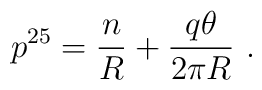
p^{25}={n\over R}+{q\theta\over2\pi R}\ .